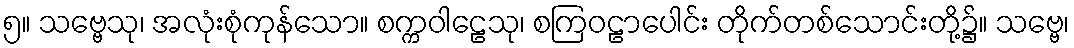
၅။ သဗ္ဗေသု၊ အလုံးစုံကုန်သော။ စက္ကဝါဠေသု၊ စကြဝဠာပေါင်း တိုက်တစ်သောင်းတို့၌။ သဗ္ဗေ၊